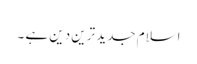
اسلام جدید ترین دین ہے ۔